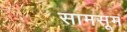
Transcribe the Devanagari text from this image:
सामसूम